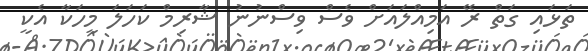
ތަޅައި ގަތް ރޭ އަމިއްލައަށް ވެސް ވިސްނުނު ޝާރިމް ކަހަލަ މީހަކާ އެކީ